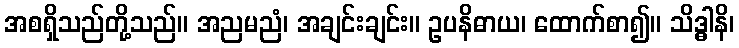
အစရှိသည်တို့သည်။ အညမညံ၊ အချင်းချင်း။ ဥပနိဓာယ၊ ထောက်စာ၍။ သိဒ္ဓါနိ၊